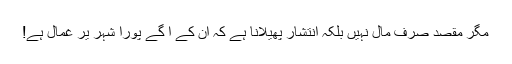
مگر مقصد صرف مال نہیں بلکہ انتشار پھیلانا ہے کہ ان کے آ گے پورا شہر یر غمال ہے!